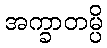
အက္ခာတမ္ပိ